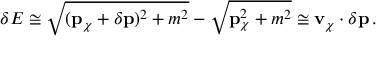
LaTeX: \delta E \cong \sqrt { ( { \bf p } _ { \chi } + \delta { \bf p } ) ^ { 2 } + m ^ { 2 } } - \sqrt { { \bf p } _ { \chi } ^ { 2 } + m ^ { 2 } } \cong { \bf v } _ { \chi } \cdot \delta { \bf p } \, .